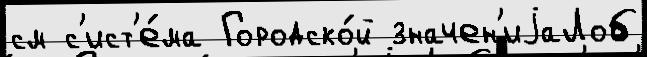
см с'ист'е́ма Городско́й значен'иjаЛоб